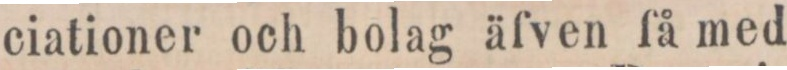
ciationer och bolag äfven få med